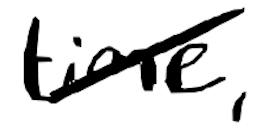
Text: time,
Cross-out: diagonal
Writing tool: digital_black